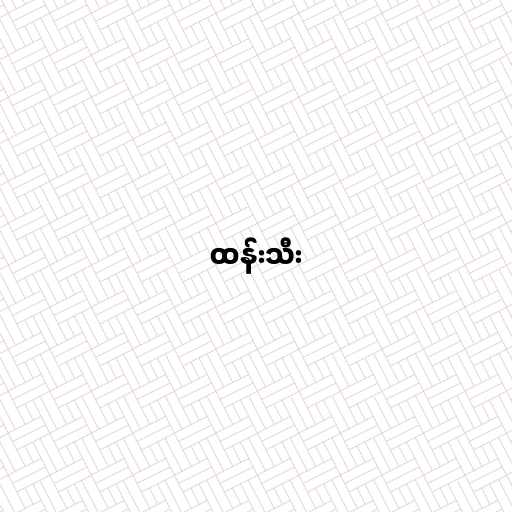
ထန်းသီး